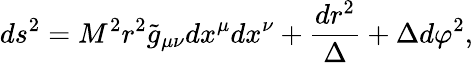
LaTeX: ds^{2}=M^{2}r^{2}{\tilde{g}}_{\mu\nu}dx^{\mu}dx^{\nu}+\frac{dr^{2}}{\Delta}+{\Delta}d{\varphi^{2}},